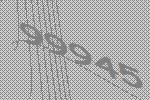
99945